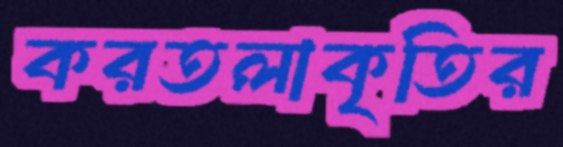
করতলাকৃতির